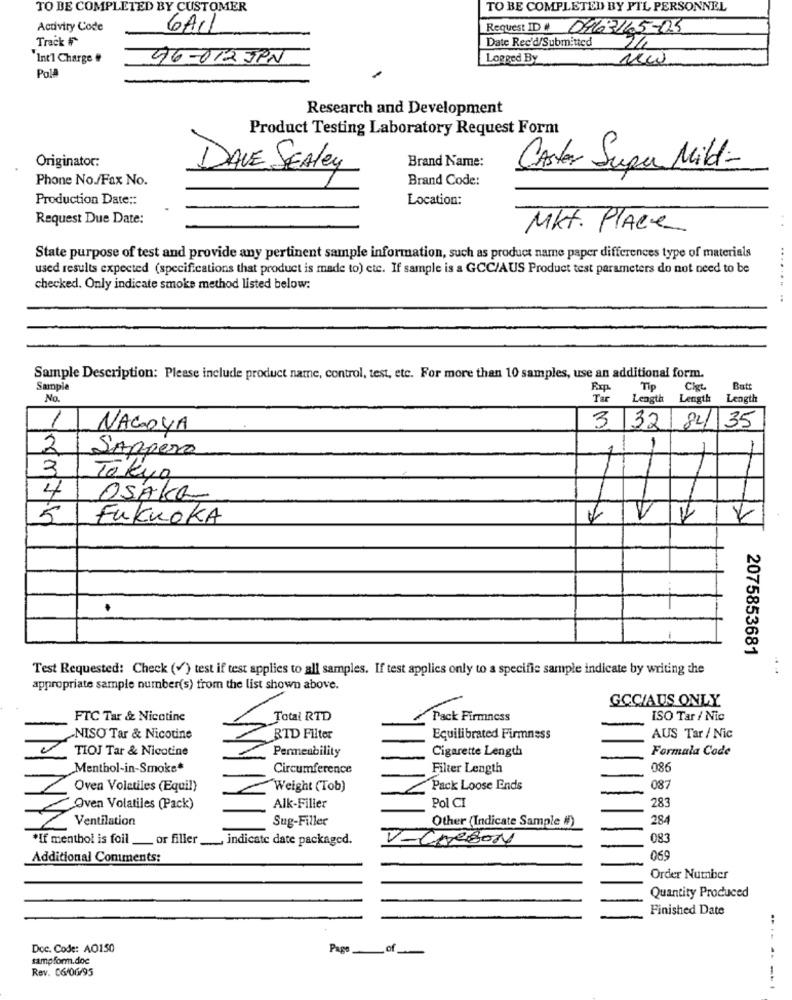
TO BE COMPLETED BY CUSTOMER
TO BE COMPLETED BY PTL PERSONNEL
Activity Code
GAIL
Request ID # 0463115-125
Track #
Date Rec'd/Submitted
Int'l Charge #
96-012 JPN
Logged By
Poll
Research and Development
Product Testing Laboratory Request Form
Originator:
Brand Name:
DAVE SEAley
Carter Super Mild-
Phone No./Fax No.
Brand Code:
Production Date ::
Location:
Request Due Date:
Mkt. Place
..
State purpose of test and provide any pertinent sample information, such as product name paper differences type of materials
used results expected (specifications that product is made to) etc. If sample is a GCC/AUS Product test parameters do not need to be
checked. Only indicate smoke method listed below:
Sample Description: Please include product name, control, test, etc. For more than 10 samples, use an additional form.
Sample
Tip
Cigt
Butt
No.
Tar
Length
Length
Length
1
3 32 84
35
NAGOYA
SARpero
-
2
Tokyo
4
OSAKL
5
FukuOKA
V
2075853681
Test Requested: Check (v) test if test applies to all samples. If test applies only to a specific sample indicate by writing the
appropriate sample number(s) from the list shown above.
GCC/AUS ONLY
FTC Tar & Nicotine
Total RTD
Pack Firmness
ISO Tar / Nic
NISO Tar & Nicotine
RTD Filter
Equilibrated Firmness
AUS Tar / Nic
TIOJ Tar & Nicotine
Permeability
Cigarette Length
Formula Code
Menthol-in-Smoke
Circumference
Filter Length
086
Oven Volatiles (Equil)
Weight (Tob)
Pack Loose Ends
087
Pol CI
Oven Volatiles (Pack)
Alk-Filler
283
Ventilation
Sug-Filler
284
Other (Indicate Sample #)
*If menthol is foil ___ or filler
... indicate date packaged.
V-Cheson
083
Additional Comments:
069
Order Number
Quantity Produced
Finished Date
Doc. Code: AO150
Page __ of_
sampform.doc
Rev. 06/06/95
--------